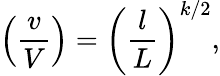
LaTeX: \left(\frac{v}{V}\right)=\left(\frac{l}{L}\right)^{k/2},